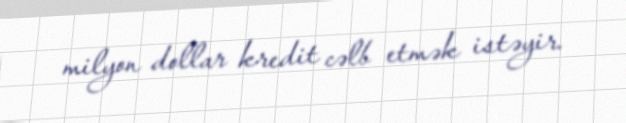
milyon dollar kredit cəlb etmək istəyir.